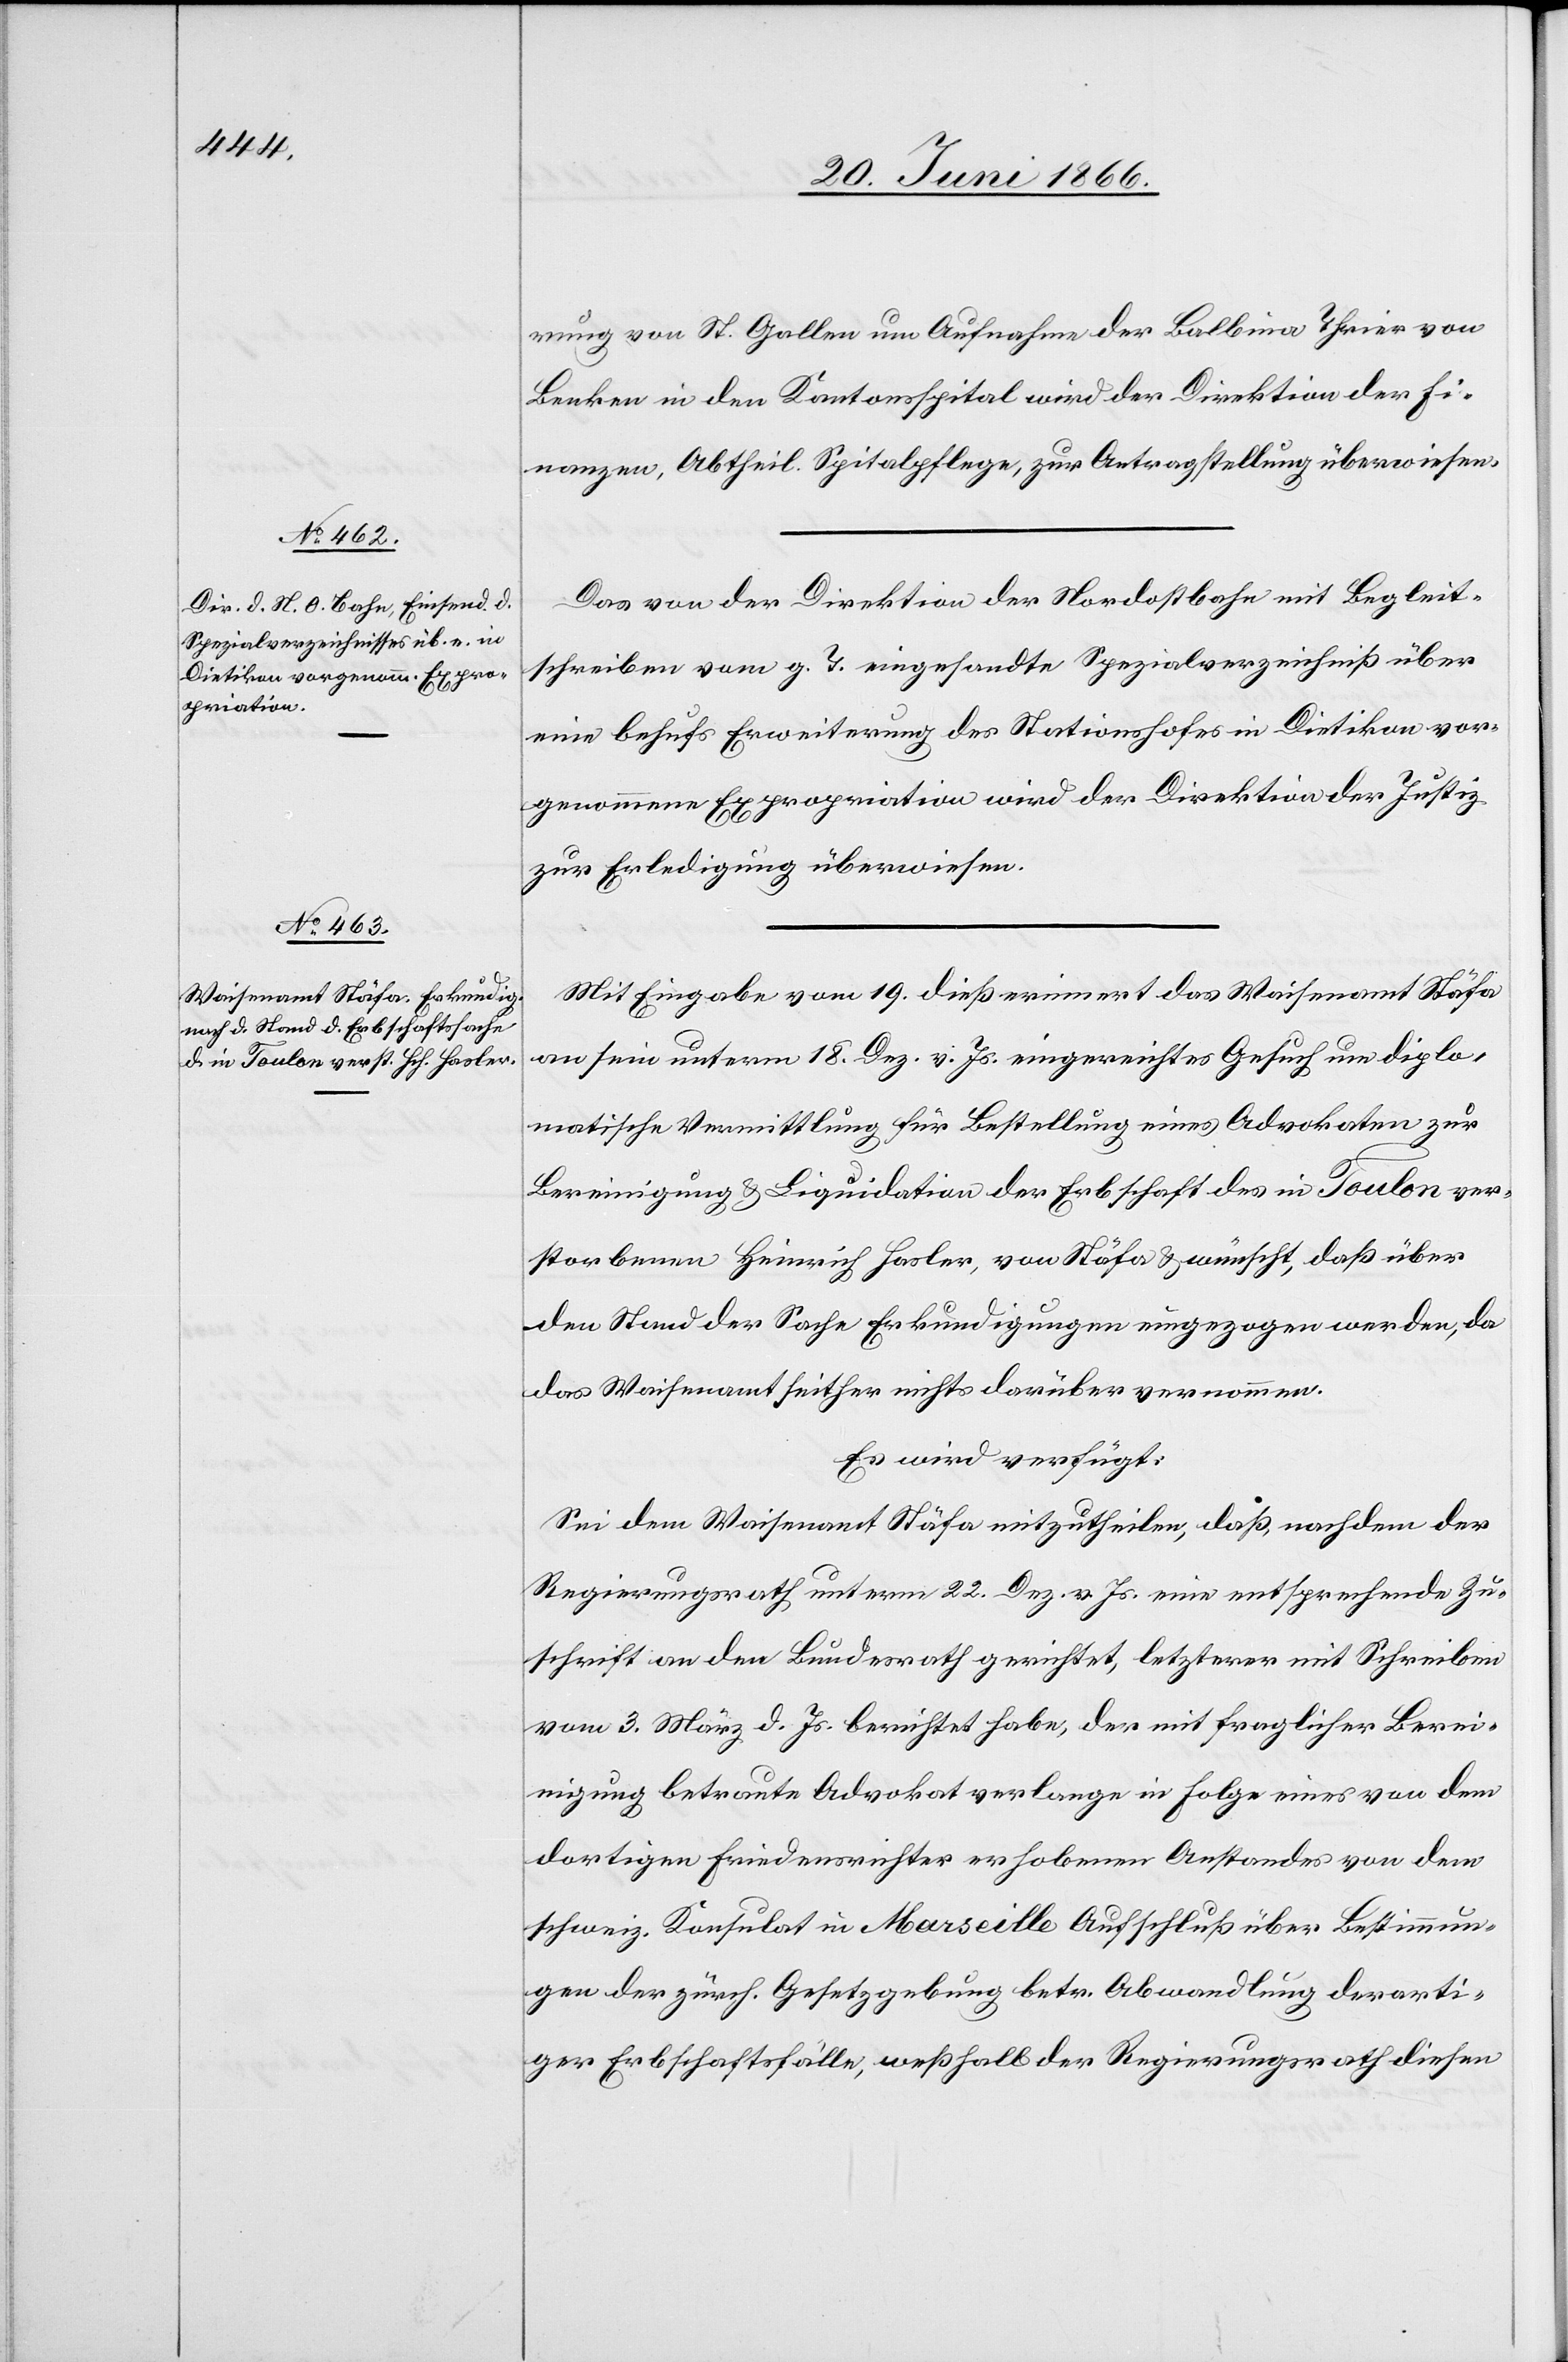
22. Juni 1866.]
rung von St. Gallen um Aufnahme der Balbina Thrier von
Benken in den Kantonsspital wird der Direktion der Fi¬
nanzen, Abtheil. Spitalpflege, zur Antragstellung überwiesen.
Das von der Direktion der Nordostbahn mit Begleit¬
schreiben vom g. T. eingesandte Spezialverzeichniß über
eine behufs Erweiterung des Stationshofes in Dietikon vor¬
genommene Expropriation wird der Direktion der Justiz
zur Erledigung überwiesen.
Mit Eingabe vom 19. dieß erinnert das Waisenamt Stäfa
an sein unterm 18. Dez. v. Js. eingereichtes Gesuch um diplo¬
matische Vermittlung für Bestellung eines Advokaten zur
Bereinigung u. Liquidation der Erbschaft des in Toulon ver¬
storbenen Heinrich Hasler, von Stäfa u. wünscht, daß über
den Stand der Sache Erkundigungen eingezogen werden, da
das Waisenamt seither nichts darüber vernommen.
Es wird verfügt:
Sei dem Waisenamt Stäfa mitzutheilen, daß, nachdem der
Regierungsrath unterm 22. Dez. v. Js. eine entsprechende Zu¬
schrift an den Bundesrath gerichtet, letzterer mit Schreiben
vom 3. März d. Js. berichtet habe, der mit fraglicher Berei¬
nigung betraute Advokat verlange in Folge eines von dem
dortigen Friedensrichter erhobenen Anstandes von dem
schweiz. Konsulat in Marseille Aufschluß über Bestimmun¬
gen der zürch. Gesetzgebung betr. Abwandlung derarti¬
ger Erbschaftsfälle, weßhalb der Regierungsrath diesen